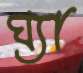
ঘ্যা